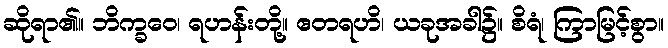
ဆိုရာ၏။ ဘိက္ခဝေ၊ ရဟန်းတို့။ ဧတရဟိ၊ ယခုအခါ၌။ စိရံ၊ ကြာမြင့်စွာ။